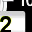
Digit: 2